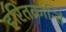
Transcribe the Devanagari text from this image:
हरितक्रांन्ति